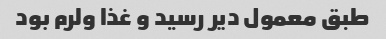
طبق معمول دیر رسید و غذا ولرم بود